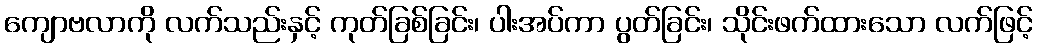
ကျောဗလာကို လက်သည်းနှင့် ကုတ်ခြစ်ခြင်း၊ ပါးအပ်ကာ ပွတ်ခြင်း၊ သိုင်းဖက်ထားသော လက်ဖြင့်